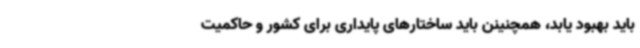
باید بهبود یابد، همچنینن باید ساختارهای پایداری برای کشور و حاکمیت